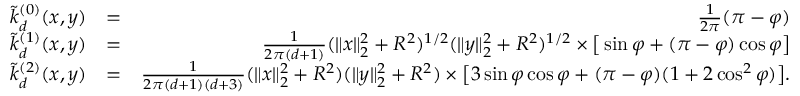
\begin{array} { r l r } { \tilde { k } _ { d } ^ { ( 0 ) } ( x , y ) } & { = } & { \frac { 1 } { 2 \pi } ( \pi - \varphi ) } \\ { \tilde { k } _ { d } ^ { ( 1 ) } ( x , y ) } & { = } & { \frac { 1 } { 2 \pi ( d + 1 ) } ( \| x \| _ { 2 } ^ { 2 } + R ^ { 2 } ) ^ { 1 / 2 } ( \| y \| _ { 2 } ^ { 2 } + R ^ { 2 } ) ^ { 1 / 2 } \times \big [ \sin \varphi + ( \pi - \varphi ) \cos \varphi \big ] } \\ { \tilde { k } _ { d } ^ { ( 2 ) } ( x , y ) } & { = } & { \frac { 1 } { 2 \pi ( d + 1 ) ( d + 3 ) } ( \| x \| _ { 2 } ^ { 2 } + R ^ { 2 } ) ( \| y \| _ { 2 } ^ { 2 } + R ^ { 2 } ) \times \big [ 3 \sin \varphi \cos \varphi + ( \pi - \varphi ) ( 1 + 2 \cos ^ { 2 } \varphi ) \big ] . } \end{array}